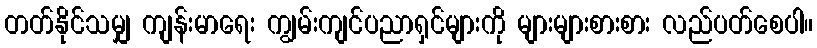
တတ်နိုင်သမျှ ကျန်းမာရေး ကျွမ်းကျင်ပညာရှင်များကို များများစားစား လည်ပတ်စေပါ။